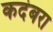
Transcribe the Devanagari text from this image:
कदंबरा